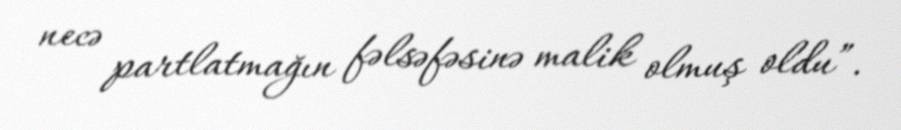
necə partlatmağın fəlsəfəsinə malik olmuş oldu”.